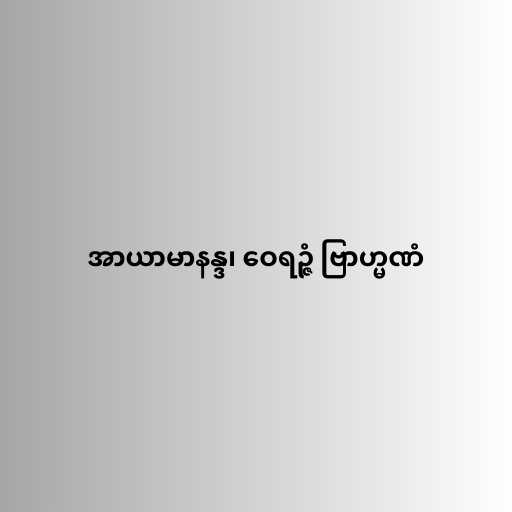
အာယာမာနန္ဒ၊ ဝေရဉ္ဇံ ဗြာဟ္မဏံ